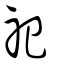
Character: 祀